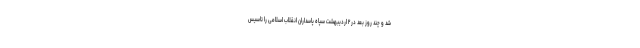
شد و چند روز بعد در ۲ اردیبهشت سپاه پاسداران انقلاب اسلامی را تاسیس